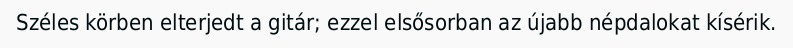
Széles körben elterjedt a gitár; ezzel elsősorban az újabb népdalokat kísérik.